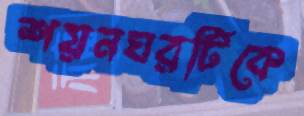
শয়নঘরটিকে